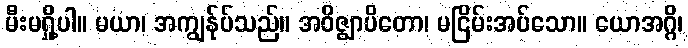
မီးမရှို့ပါ။ မယာ၊ အကျွန်ုပ်သည်။ အဝိဇ္ဈာပိတော၊ မငြိမ်းအပ်သော။ ယောအဂ္ဂိ၊